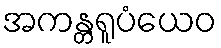
အကန္တရူပံယေဝ